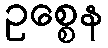
ဥစ္စေန